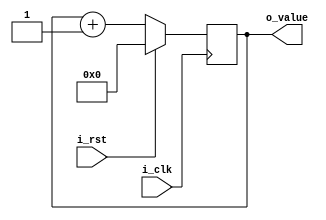
//--------------------------------------------------------------------------------------------
//    module      :    counter
//    top module  :    master_sm
//    description :    counter for generating initial random placement when FPGA is playing black
//    revision    :
//    17-8-2011   :    Initial draft
//--------------------------------------------------------------------------------------------

module counter(
input    wire      i_clk,
input    wire      i_rst,
output   reg [7:0] o_value
);

always @(posedge i_clk)
begin
    if(i_rst)
	    o_value    <=    0;
	else
        o_value    <=    o_value + 1'b1;	
end

endmodule